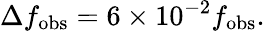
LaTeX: \Delta f_{\mathrm{obs}}=6\times 10^{-2}f_{\mathrm{obs}}.